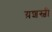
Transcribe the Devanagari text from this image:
य़शस्वी